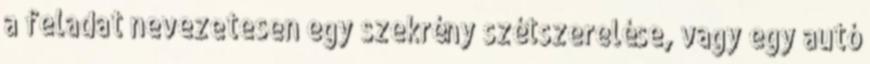
a feladat nevezetesen egy szekrény szétszerelése, vagy egy autó